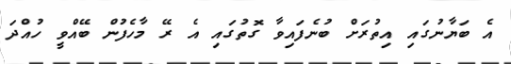
އެ ބަޔާނުގައި އިތުރަށް ބުނެފައިވާ ގޮތުގައި އެ ރޭ މާހެފުން ބޭއްވީ ހުއްދަ